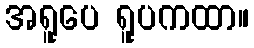
အရူပေ ရူပကထာ။